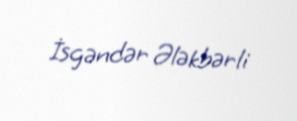
İsgəndər Ələkbərli